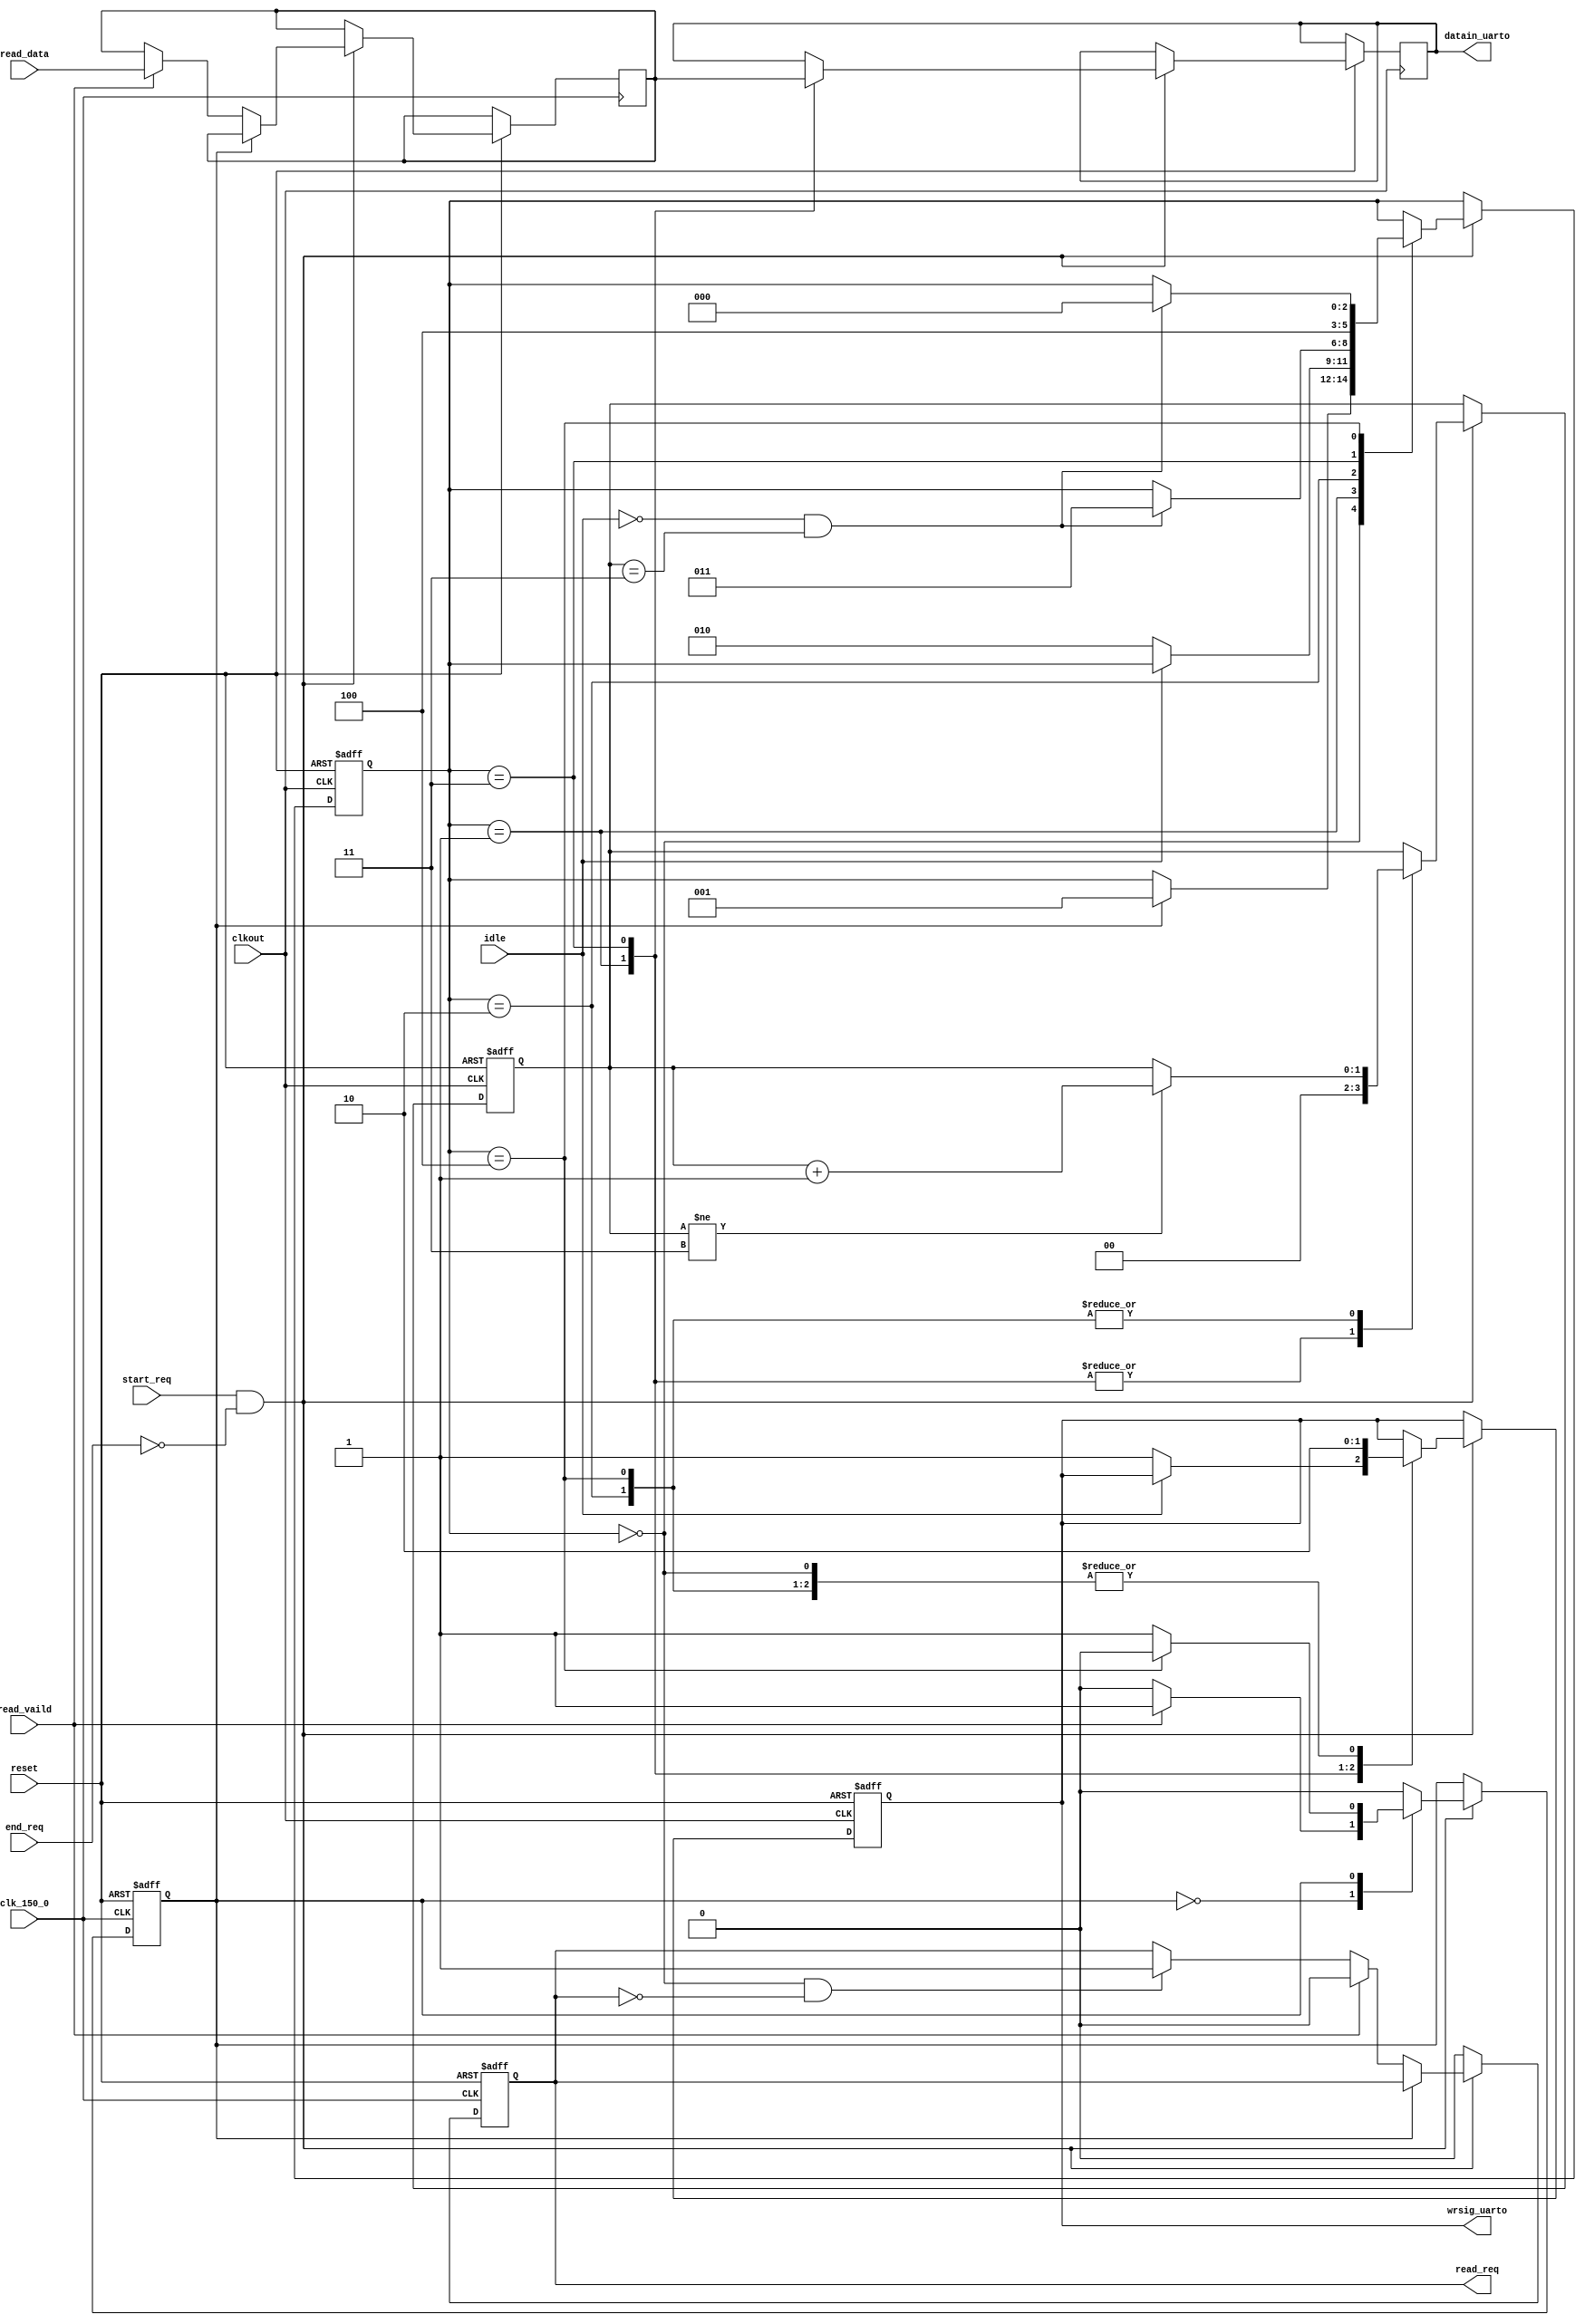
module uarto_top(
input clk_150_0,
input start_req,
input end_req,

output reg read_req,
input read_vaild,
input [15:0] read_data,

input clkout,
input reset,
output reg [7:0] datain_uarto,
output reg wrsig_uarto,
input idle
);

reg [2:0] uarto_state;
localparam read_data_s=3'b0;
localparam wait_idle1=3'd1;
localparam sendh8=3'd2;
reg [1:0] cnt_wait;
localparam wait_idle2=3'd3;
localparam sendl8=3'd4;

wire prom_run=start_req&(~end_req);
reg read_state;
localparam read_start=1'b0;
reg [15:0] read_data_t;
localparam idle_read=1'b1;
always@(posedge clk_150_0 or negedge reset)
begin
 if(~reset)
 begin
 read_state<=1'b0;
 read_req<=1'b0;
 end
 else if(prom_run)
 
 case(read_state)
 read_start:begin
 if((uarto_state==read_data_s)&(~read_req))
 begin
  read_req<=1'b1;
 end
 if(read_vaild)
 begin
  read_req<=1'b0;
  read_state<=idle_read;
  read_data_t<=read_data;
 end
 end
 
 idle_read:begin
  if(uarto_state==sendl8)
  begin
   read_state<=1'b0;
  end
 end
 
 endcase
  else
  begin
   read_req<=1'b0;
  end
end








always@(posedge clkout or negedge reset)
begin
 if(~reset)
 begin
  uarto_state<=3'd0;
  wrsig_uarto<=1'b0;
  cnt_wait<=2'b0;
 end
 else if(prom_run)
 begin
 case(uarto_state)
 read_data_s:begin
  wrsig_uarto<=1'b0;
  if(read_state==idle_read)
  begin
   uarto_state<=wait_idle1;
  end
 end
 
 wait_idle1:begin
  cnt_wait<=2'b0;
  datain_uarto<=read_data_t[15:8];
  if(~idle)
  begin
   wrsig_uarto<=1'b1;
	uarto_state<=sendh8;
  end
 end
 
 sendh8:begin
   wrsig_uarto<=1'b0;
 if(cnt_wait!=2'b11)
 cnt_wait<=cnt_wait+2'b1;

  if(~idle&(cnt_wait==2'b11))
  begin
   uarto_state<=wait_idle2;
  end
 end
 
 wait_idle2:begin
  cnt_wait<=2'b0;
  datain_uarto<=read_data_t[7:0];
   wrsig_uarto<=1'b1;
	uarto_state<=sendl8;
 end
 
 sendl8:begin
  wrsig_uarto<=1'b0;
 if(cnt_wait!=2'b11)
 cnt_wait<=cnt_wait+2'b1;

  if(~idle&(cnt_wait==2'b11))
   uarto_state<=read_data_s;
 end
 endcase
 end
end


endmodule